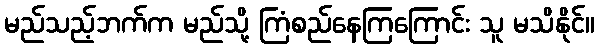
မည်သည့်ဘက်က မည်သို့ ကြံစည်နေကြကြောင်း သူ မသိနိုင်။